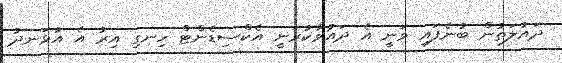
ދައުލަތުން ބުނެފައި ވަނީ އެ ދައުވާކުރަނީ އެކްސިޑެންޓް ހިނގި އިރު އެ އުޅަނދު